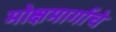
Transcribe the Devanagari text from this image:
मोक्षमार्गाचे